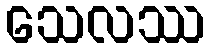
သေလဿ